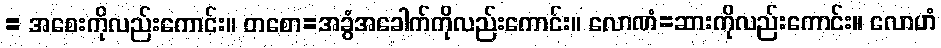
= အစေးကိုလည်းကောင်း။ တစော=အခွံအခေါက်ကိုလည်းကောင်း။ လောဏံ=ဆားကိုလည်းကောင်း။ လောဟံ